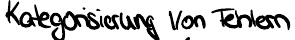
Kategorisierung von Fehlern